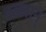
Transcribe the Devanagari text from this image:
वल्लान्